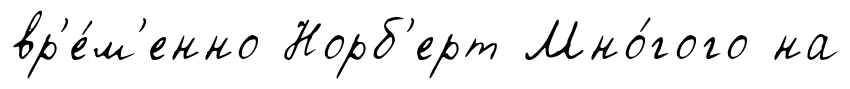
вр'е́м'енно Норб'ерт Мно́гого на